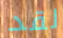
لقد